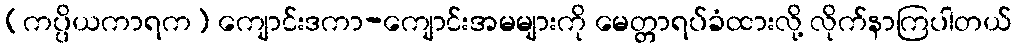
(ကပ္ပိယကာရက) ကျောင်းဒကာ-ကျောင်းအမများကို မေတ္တာရပ်ခံထားလို့ လိုက်နာကြပါတယ်